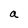
Character: a